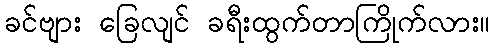
ခင်ဗျား ခြေလျင် ခရီးထွက်တာကြိုက်လား။